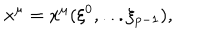
x ^ { \mu } = x ^ { \mu } ( \xi ^ { 0 } , . . . \xi _ { p - 1 } ) ,